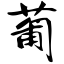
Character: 葡